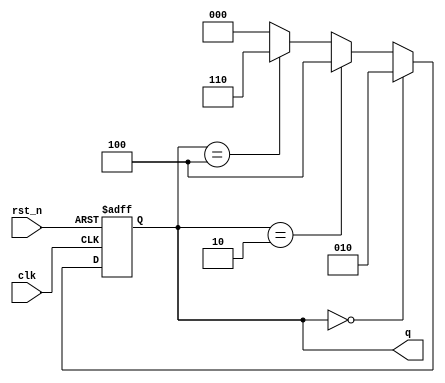
`timescale 1ns / 1ps
module counter_b(q, clk, rst_n);
    input clk;
    input rst_n;
    output[2:0]q;
    
    reg[2:0]q;
    reg[2:0]q_tmp;
    
    always@*
        if (q == 0) q_tmp = 2;
        else if(q == 2) q_tmp = 4;
        else if(q == 4) q_tmp = 6;
        else q_tmp = 0;
    
    always@(posedge clk or negedge rst_n)
        if (~rst_n) q = 3'b000;
        else q <= q_tmp;
    endmodule